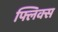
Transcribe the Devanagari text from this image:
फ्लिक्स